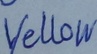
Text: Yellow